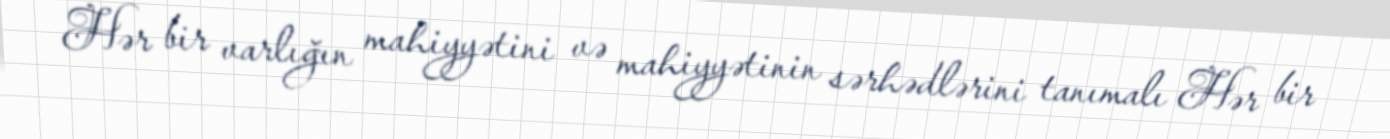
Hər bir varlığın mahiyyətini və mahiyyətinin sərhədlərini tanımalı Hər bir